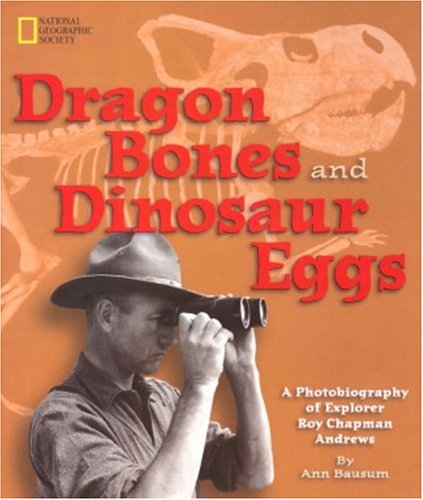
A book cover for Dragon Bones and Dinosaur Eggs: A Photobiography of Explorer Roy Chapman Andrews; Ann Bausum; Children's Books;